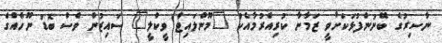
ނާސިރުގެ ބޭނުންފުޅަކަށްވީ ޒަމާނާ ކުރިއެރުމާއެކު "މޫންލައިޓް ވީކްލީ" ސައިޒުން ވެސް ބޮޑު ނޫހެއްގެ